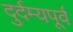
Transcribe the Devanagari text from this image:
दुर्दम्यपूर्व